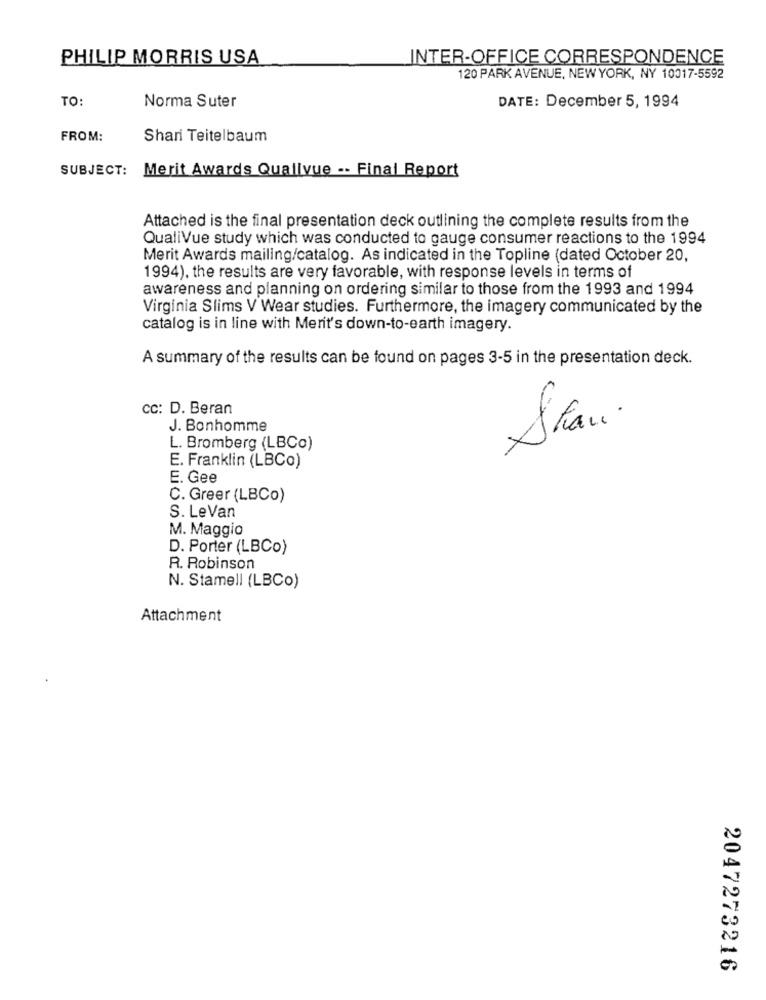
PHILIP MORRIS USA
INTER-OFFICE CORRESPONDENCE
120 PARK AVENUE, NEW YORK, NY 10017-5592
TO:
Norma Suter
DATE: December 5, 1994
FROM:
Shari Teitelbaum
SUBJECT: Merit Awards Quallvue -- Final Report
Attached is the final presentation deck outlining the complete results from the
QualiVue study which was conducted to gauge consumer reactions to the 1994
Merit Awards mailing/catalog. As indicated in the Topline (dated October 20,
1994), the results are very favorable, with response levels in terms of
awareness and planning on ordering similar to those from the 1993 and 1994
Virginia Slims V Wear studies. Furthermore, the imagery communicated by the
catalog is in line with Merit's down-to-earth imagery.
A summary of the results can be found on pages 3-5 in the presentation deck.
CC: D. Beran
J. Bonhomme
Stan .
L. Bromberg (LBCo)
E. Franklin (LBCo)
E. Gee
C. Greer (LBCo)
S. LeVan
M. Maggio
D. Porter (LBCo)
R. Robinson
N. Stamell (LBCo)
Attachment
2047273216